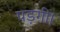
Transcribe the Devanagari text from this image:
पड़गी।